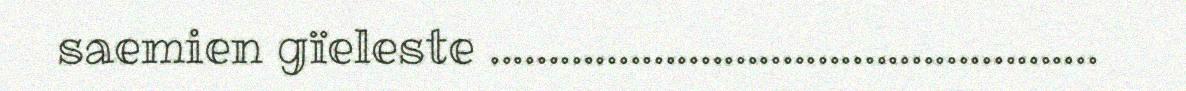
saemien gïeleste ....................................................